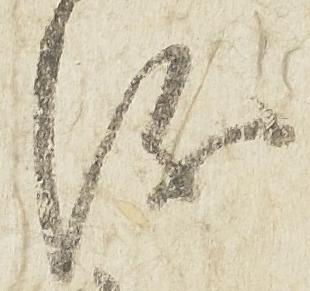
儀